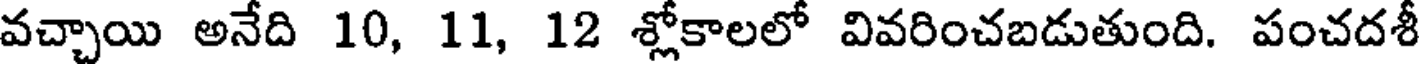
వచ్చాయి అనేది 10, 11, 12 శ్లోకాలలో వివరించబడుతుంది. పంచదశీ